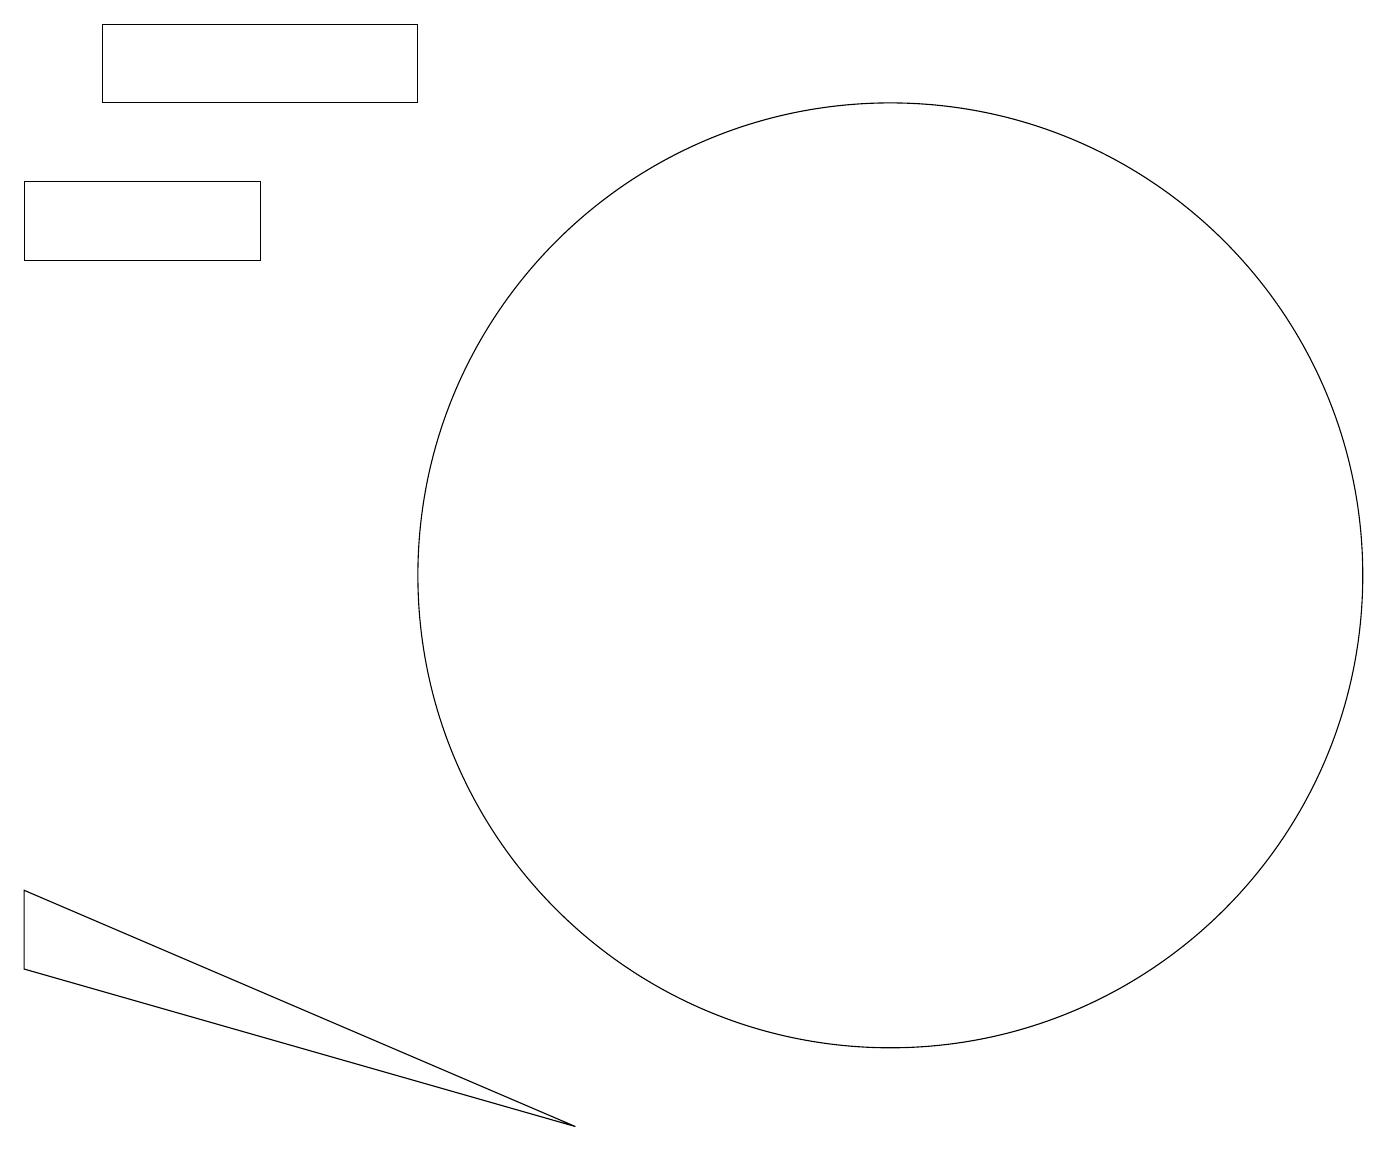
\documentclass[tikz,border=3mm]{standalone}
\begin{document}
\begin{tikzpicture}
\draw (11,10) circle (6);
\draw (5,17) rectangle (1,16);
\draw (7,3) -- (0,6) -- (0,5) -- cycle;
\draw (0,15) rectangle (3,14);
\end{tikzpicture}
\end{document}